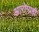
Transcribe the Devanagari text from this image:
आरोग्यही